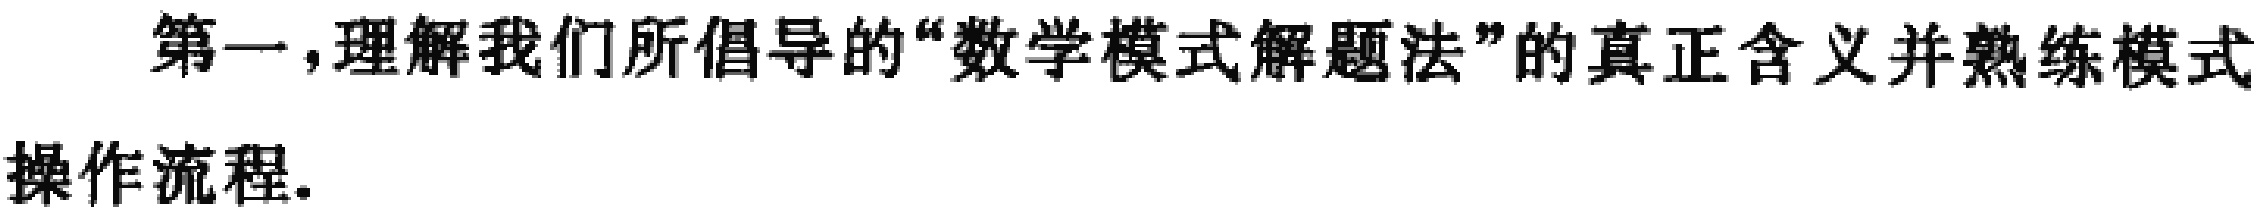
第一，理解我们所倡导的“数学模式解题法”的真正含义并熟练模式操作流程.